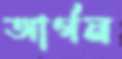
আর্গন